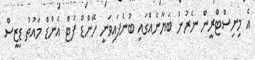
އެ މިނިސްޓްރީން ނެރުނު ބަޔާނެއްގައި ބުނެފައިވަނީ ހޭންޑް ފުޓް އެންޑް މައުތު ޑިޒީސް